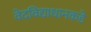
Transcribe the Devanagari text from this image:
वेदविद्याधानकडे